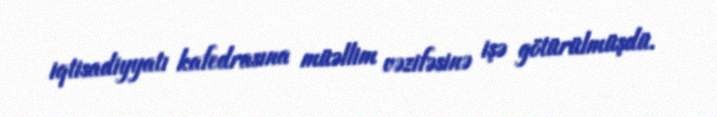
iqtisadiyyatı kafedrasına müəllim vəzifəsinə işə götürülmüşdü.